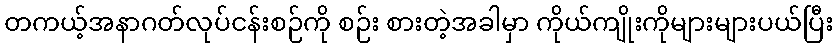
တကယ့်အနာဂတ်လုပ်ငန်းစဉ်ကို စဉ်း စားတဲ့အခါမှာ ကိုယ်ကျိုးကိုများများပယ်ပြီး